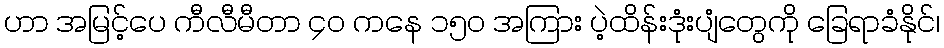
ဟာ အမြင့်ပေ ကီလီမီတာ ၄၀ ကနေ ၁၅၀ အကြား ပဲ့ထိန်းဒုံးပျံတွေကို ခြေရာခံနိုင်၊